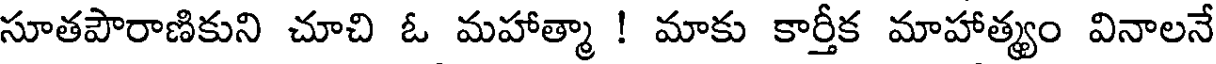
సూతపౌరాణికుని చూచి ఓ మహాత్మా ! మాకు కార్తీక మాహాత్యం వినాలనే